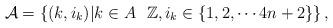
LaTeX: \begin{align*}\mathcal{A} = \left\{(k,i_k)|k\in A\ \ \mathbb{Z}, i_k\in\{1,2,\cdots 4n+2\}\right\},\end{align*}